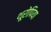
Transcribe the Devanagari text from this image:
थूरोपिया